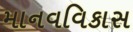
માનવવિકાસ